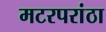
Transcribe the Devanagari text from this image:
मटरपरांठा